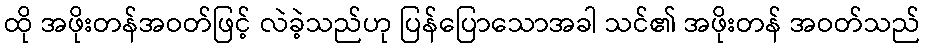
ထို အဖိုးတန်အဝတ်ဖြင့် လဲခဲ့သည်ဟု ပြန်ပြောသောအခါ သင်၏ အဖိုးတန် အဝတ်သည်